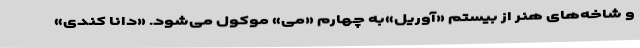
و شاخه‌های هنر از بیستم «آوریل»به چهارم «می» موکول می‌شود. «دانا کندی»